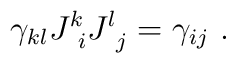
\gamma_{kl}J^k_{\ i}J^l_{\ j}  = \gamma_{ij}\ .